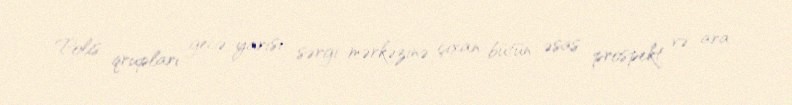
Polis qrupları gecə yarısı sərgi mərkəzinə çıxan bütün əsas prospekt və ara